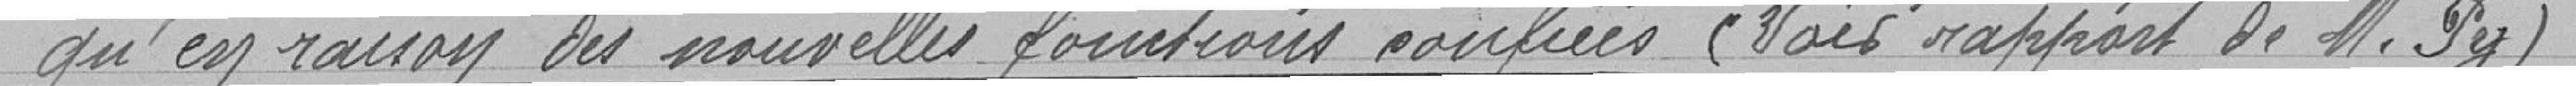
" qu'en raison des nouvelles formations confiées (Voir rapport de Monsieur Py)